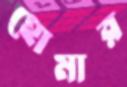
হোমার